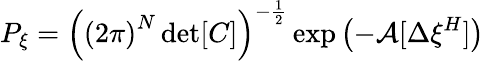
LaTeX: P_{\xi}=\left(\left(2\pi\right)^{N}\operatorname*{det}[C]\right)^{-\frac{1}{2}}\exp\left(-\mathcal{A}[\Delta\xi^{H}]\right)